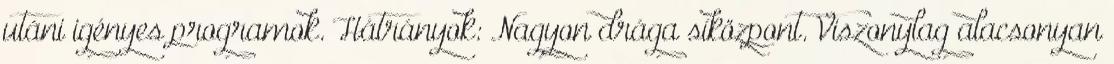
utáni igényes programok. Hátrányok: Nagyon drága síközpont. Viszonylag alacsonyan